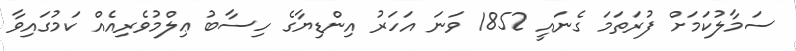
ސަމާލުކަމަށް ފުރަތަމަ ގެނައީ 1852 ވަނަ އަހަރު އިންޑިޔާގެ ހިސާބު ޢިލްމުވެރިއެއް ކަމުގައިވާ